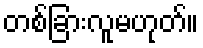
တစ်ခြားလူမဟုတ်။